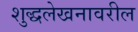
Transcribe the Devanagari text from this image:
शुद्धलेखनावरील